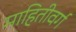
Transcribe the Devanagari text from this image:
माहितीवर्ग